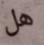
هل